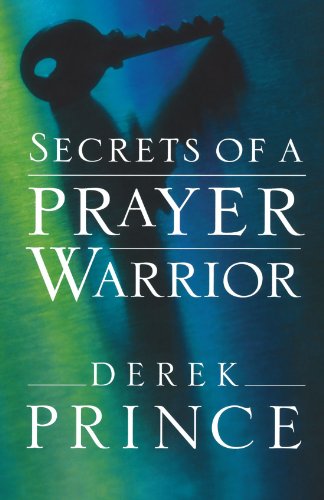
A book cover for Secrets of a Prayer Warrior; Derek Prince; Christian Books & Bibles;